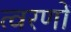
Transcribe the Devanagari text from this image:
त्वरणों